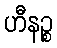
ဟီနဉ္စ